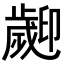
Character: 𣦫